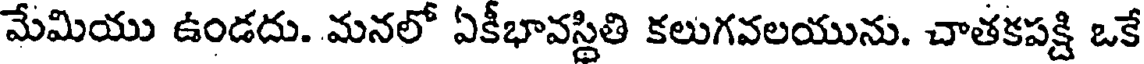
మేమియు ఉండదు. మనలో ఏకీభావస్థితి కలుగవలయును. చాతకపక్షి ఒకే